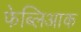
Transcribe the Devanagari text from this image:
फेब्लिआक